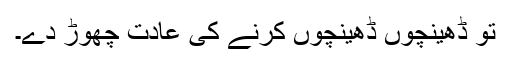
تو ڈھینچوں ڈھینچوں کرنے کی عادت چھوڑ دے۔